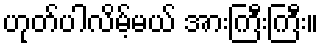
ဟုတ်ပါလိမ့်မယ် အားကြီးကြီး။